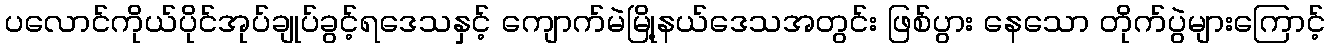
ပလောင်ကိုယ်ပိုင်အုပ်ချုပ်ခွင့်ရဒေသနှင့် ကျောက်မဲမြို့နယ်ဒေသအတွင်း ဖြစ်ပွား နေသော တိုက်ပွဲများကြောင့်